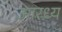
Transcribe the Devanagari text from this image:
आरध्य